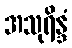
အသုရိန္ဒံ